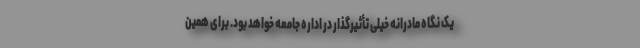
یک نگاه مادرانه خیلی تأثیرگذار در اداره جامعه خواهد بود. برای همین